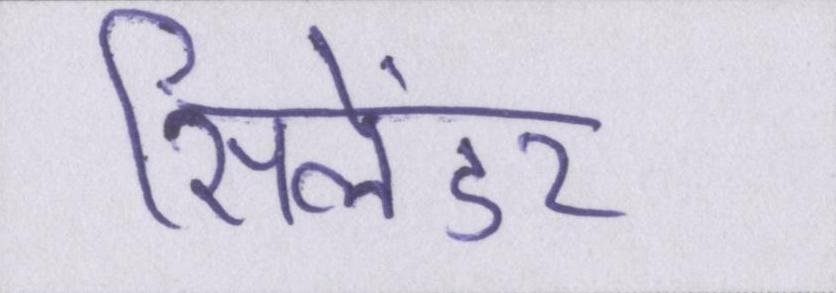
सिलेंडर